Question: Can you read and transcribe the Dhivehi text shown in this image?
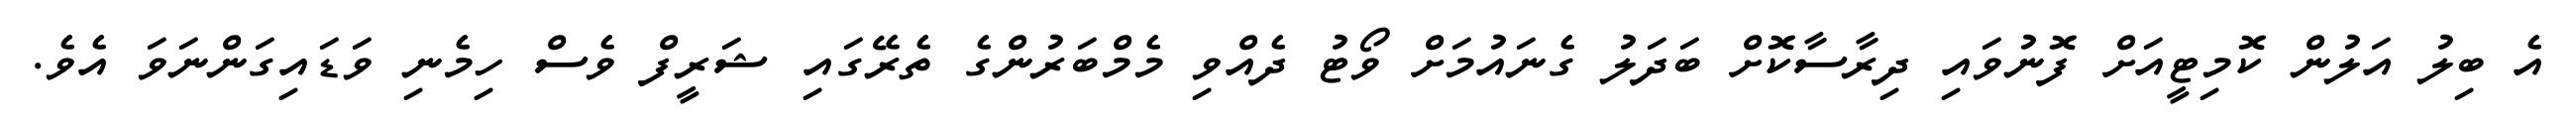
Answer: އެ ބިލު އަލުން ކޮމިޓީއަށް ފޮނުވައި ދިރާސާކޮށް ބަދަލު ގެނައުމަށް ވޯޓު ދެއްވި މެމްބަރުންގެ ތެރޭގައި ޝަރީފް ވެސް ހިމެނި ވަޑައިގަންނަވަ އެވެ.